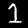
Digit: 1